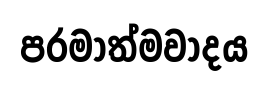
පරමාත්මවාදය